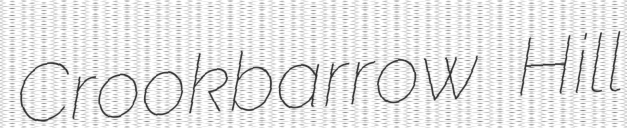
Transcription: Crookbarrow Hill